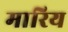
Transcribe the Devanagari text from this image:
मारिय